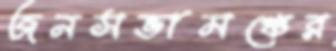
জনসভামঞ্চের